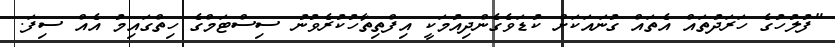
"ފުލުހުގެ ހަރަދުތައް އެތައް ގުނައަކަށް ކުޑަވެގެންދިއުމަކީ އިފްތިތާހުކުރެވުނު ސިސްޓަމްގެ ހިތްގައިމު އެއް ސިފަ.